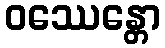
ဝဿေန္တော